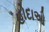
હોદાઓ